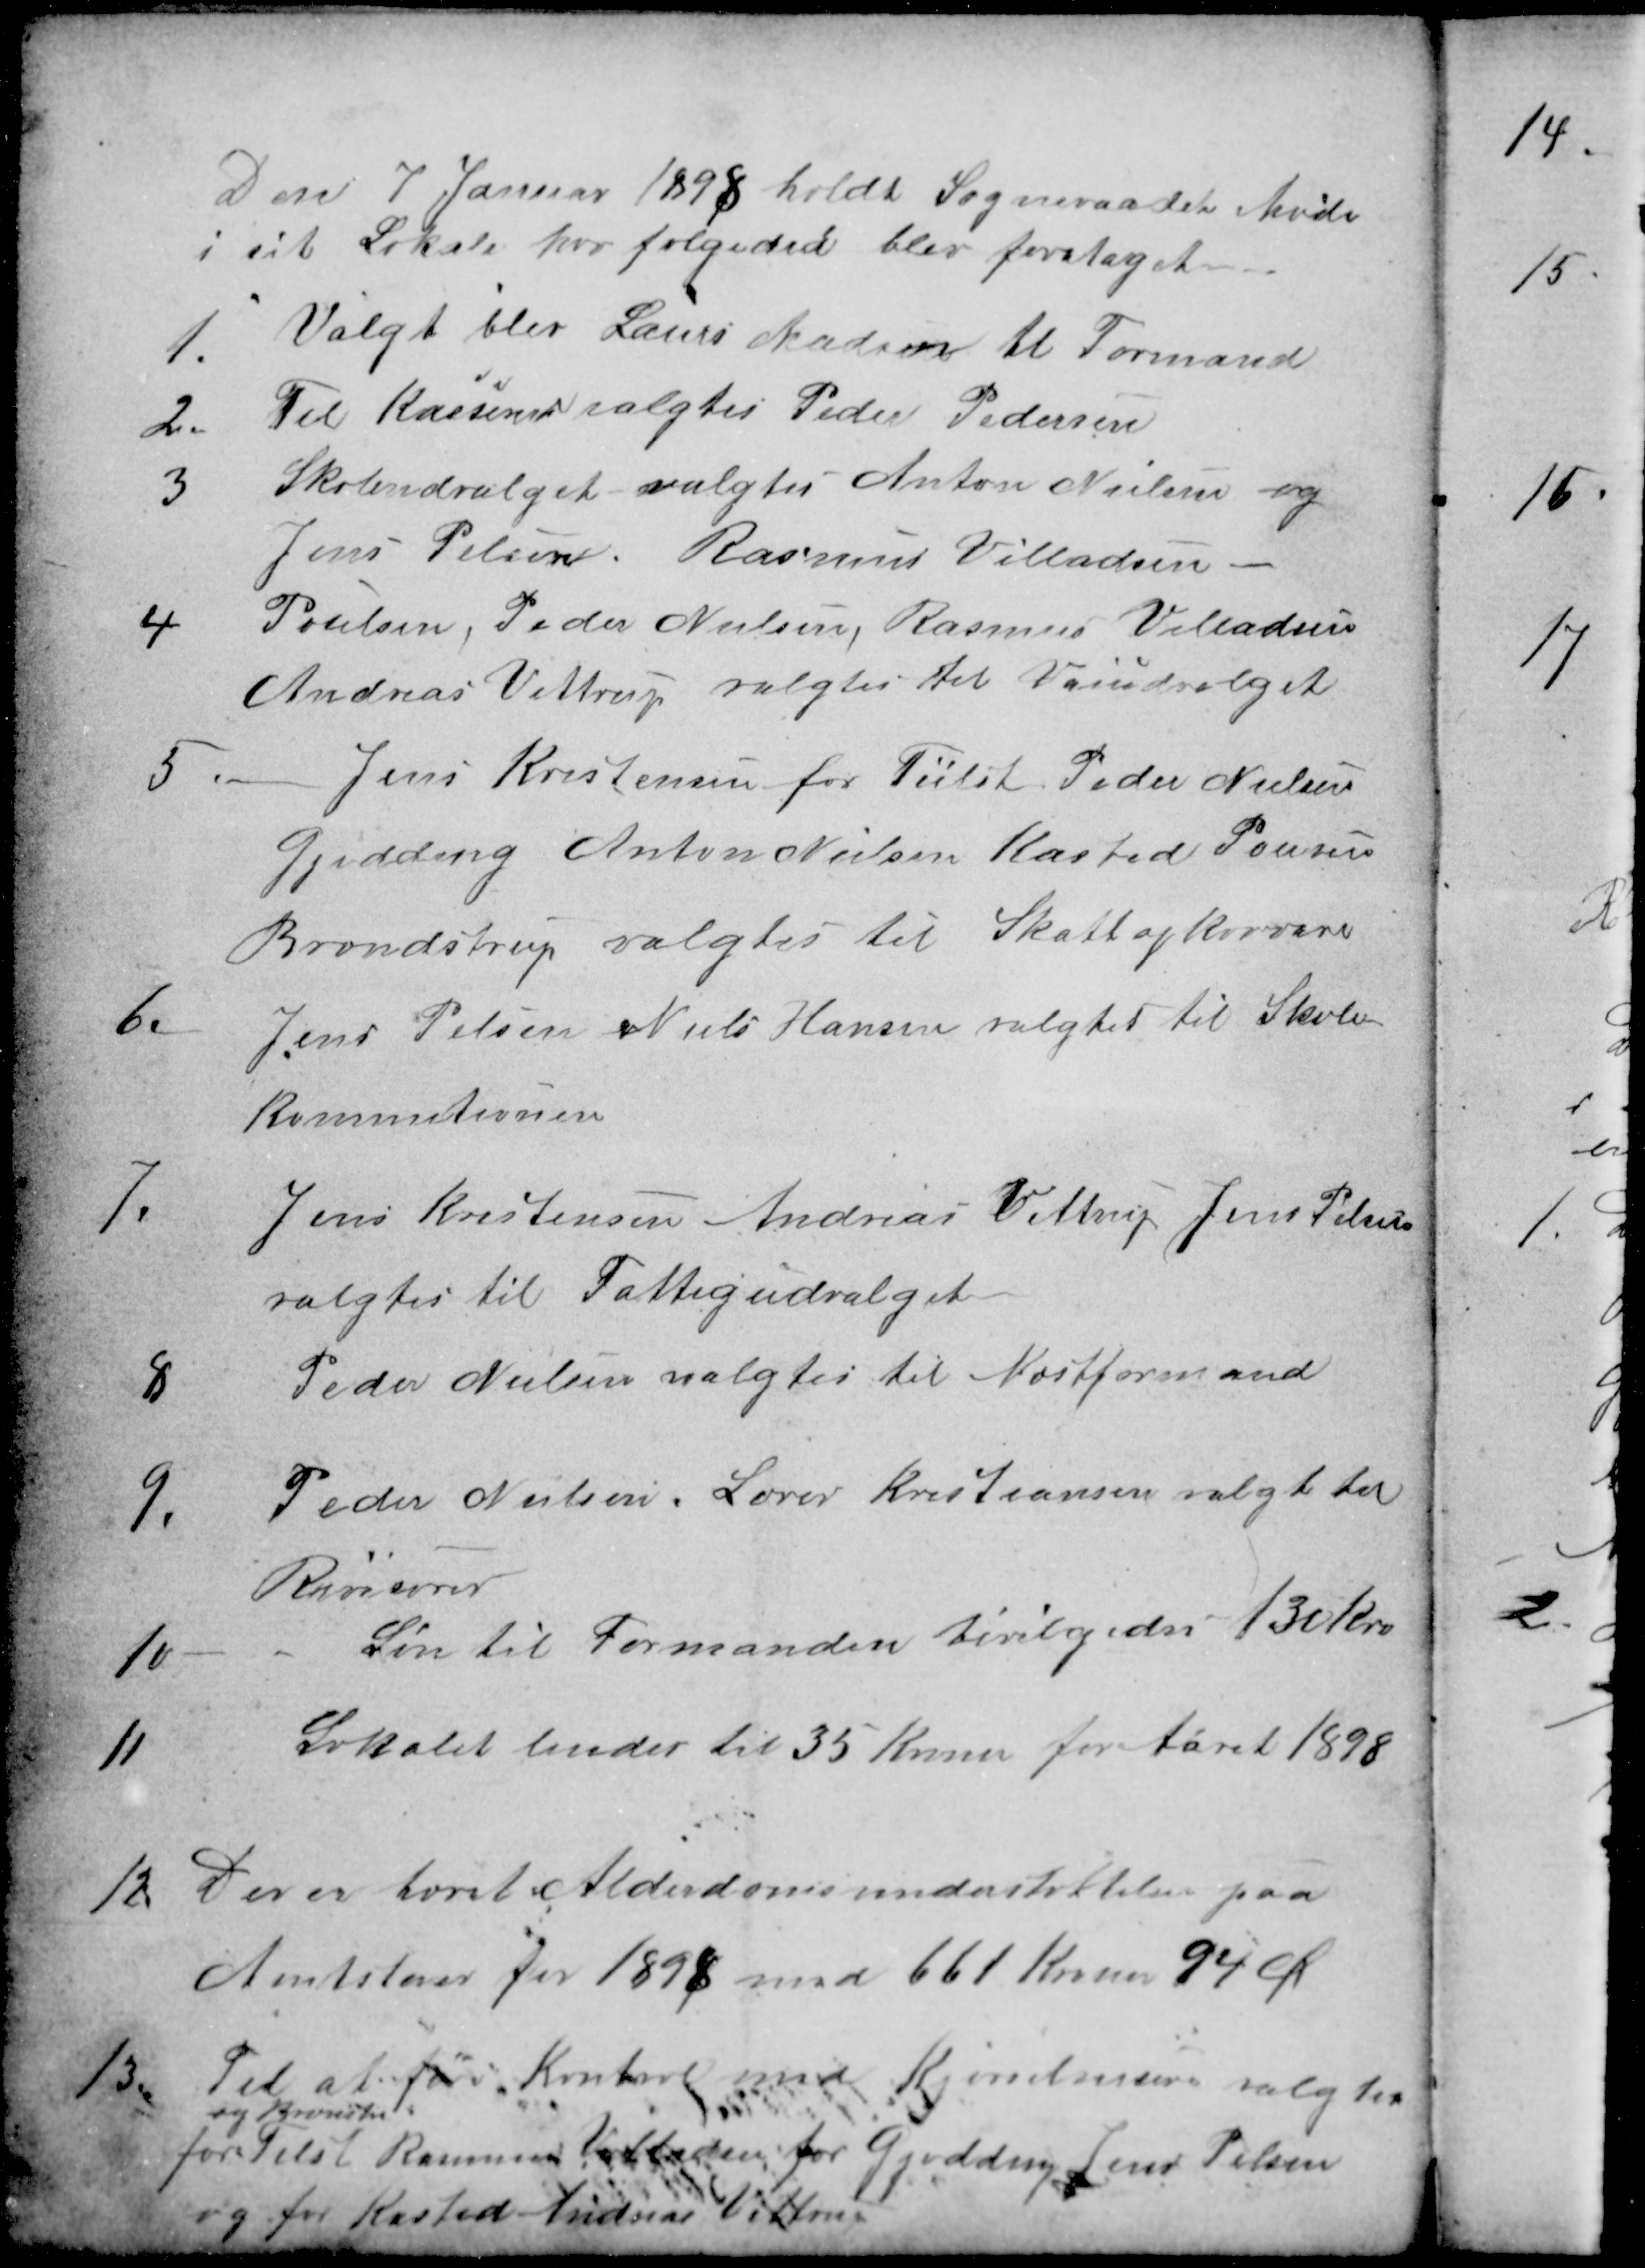
Transskription:
Den 7 Januar 1898 holdt Sogneraadet Møde
i sit Lokale hvor følgeded blev foretaget
1.
Valgt blev Laurs Madsen til Formand
2.
Til Kasserer valgtes Peder Pedersen
3
Skoleudvalget valgtes Anton Nielsen og
Jens Pelsen. Rasmus Villadsen 
4
Poulsen, Peder Nielsen, Rasmus Villadsen
Andreas Vittrup valgtes til Vaiudvalget
5
Jens Kristensen for Tilst. Peder Nielsen
Gjedding Anton Nielsen Kasted Pousen
Brendstrup valgtes til Skatteopkrævere
6.
Jens Pelsen Niels Hansen valgtes til Skole
kommitionen
7.
Jens Kristensen Andreas Vittrup Jens Pelsen
valgtes til Fattigudvalget
8
Peder Nielsen valgtes til Næstformand
9.
Peder Nielsen, Lærer Kristiansen valgt til
Revisorer
10
Løn til Formanden bevilgedes 130 Kr.
11
Lokalet leiedes til 35 Kroner for Aaret 1898
12
Der er hævet i Alderdomsunderstøttelse paa
Amtstuen for 1898 med 661 Kroner 94 Ør
13.
Til at føre Kontrol med Kjørselerne valgtes
for Tilst
og Brendstrup
Rasmus Villadsen for Gjedding Jens Pelsen
og for Kasted Andreas Vittrup